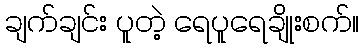
ချက်ချင်း ပူတဲ့ ရေပူရေချိုးစက်။